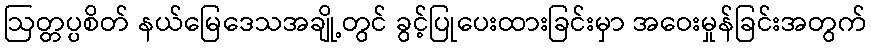
ဩတ္တပ္ပစိတ် နယ်မြေဒေသအချို့တွင် ခွင့်ပြုပေးထားခြင်းမှာ အဝေးမှုန်ခြင်းအတွက်